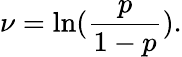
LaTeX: \nu=\ln(\frac{p}{1-p}).